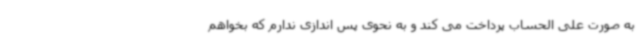
به صورت علی الحساب پرداخت می کند و به نحوی پس اندازی ندارم که بخواهم